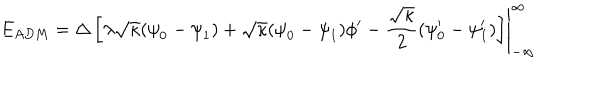
E _ { A D M } = \left. { \Delta } \left[ { \lambda } \sqrt { \kappa } ( { \psi } _ { 0 } - { \psi } _ { 1 } ) + \sqrt { \kappa } ( { \psi } _ { 0 } - { \psi } _ { 1 } ) { \phi } ^ { \prime } - \frac { \sqrt { \kappa } } { 2 } ( { \psi } _ { 0 } ^ { \prime } - { \psi } _ { 1 } ^ { \prime } ) \right] \right| _ { - \infty } ^ { \infty }